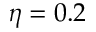
\eta = 0 . 2